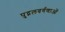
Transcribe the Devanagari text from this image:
पुद्गलवर्गणाओं